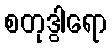
စတုဒွါရော